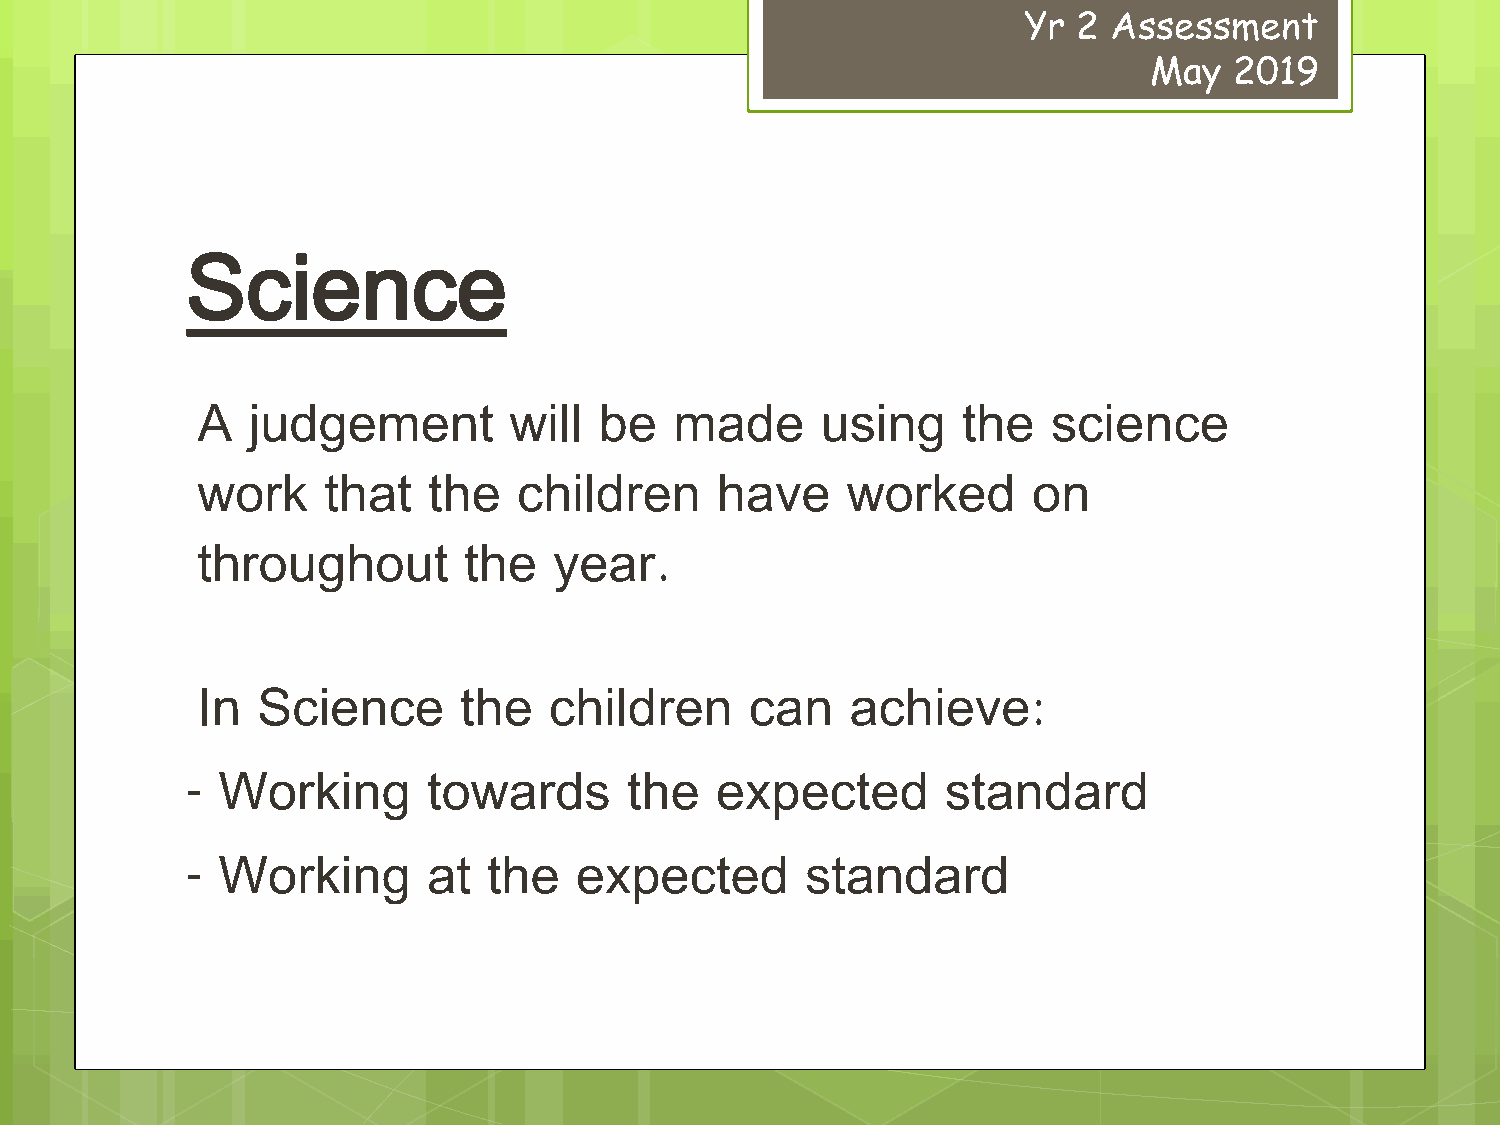
Yr 2  Assessment
 May   2019
 Science
 A  judgement         will  be   made     using     the   science
 work    that   the   children     have     worked      on
 throughout        the   year.
 In  Science      the   children      can   achieve:
 - Working       towards       the  expected        standard
 - Working       at  the   expected       standard